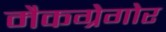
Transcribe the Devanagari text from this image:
मैकग्रेगोर